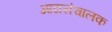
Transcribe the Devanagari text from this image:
आद्यसंचालक